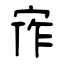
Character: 宱